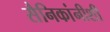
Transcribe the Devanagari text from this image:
सैनिकांनीशी